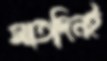
সাতদিনই